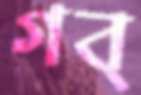
গব্